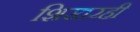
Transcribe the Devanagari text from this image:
शिखरही